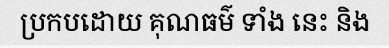
ប្រកបដោយ គុណធម៌ ទាំង នេះ និង